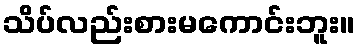
သိပ်လည်းစားမကောင်းဘူး။